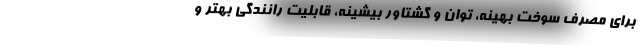
برای مصرف سوخت بهینه، توان و گشتاور بیشینه، قابلیت رانندگی بهتر و